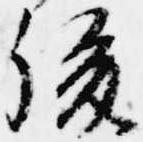
後